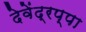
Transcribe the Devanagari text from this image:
देवेंद्रप्पा